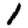
Digit: 1